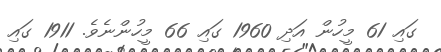
ގައި 61 މީހުން އަދި 1960 ގައި 66 މީހުންނެވެ. 1911 ގައި